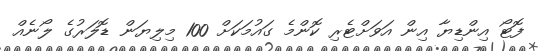
ފޮޓޯ އިންޑިޔާ އިން އަވަށްޓެރި ކޮންމެ ގައުމަކަށް 100 މިލިޔަން ޑޮލަރުގެ ލޯނެއް